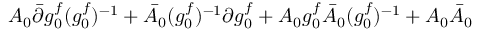
A _ { 0 } \bar { \partial } g _ { 0 } ^ { f } ( { g _ { 0 } ^ { f } } ) ^ { - 1 } + \bar { A } _ { 0 } ( { g _ { 0 } ^ { f } } ) ^ { - 1 } \partial g _ { 0 } ^ { f } + A _ { 0 } g _ { 0 } ^ { f } \bar { A } _ { 0 } ( { g _ { 0 } ^ { f } } ) ^ { - 1 } + A _ { 0 } \bar { A } _ { 0 }